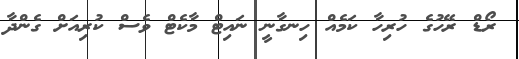
ރޯޑް ރޭހުގެ ހުރިހާ ކަމެއް ހިނގާނީ ނައިޓް މާކެޓް ވެސް ކުރިއަށް ގެންދާ